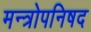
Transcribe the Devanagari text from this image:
मन्त्रोपनिषद